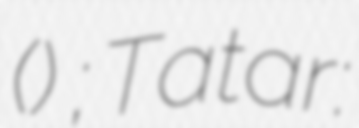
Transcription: (Зульфия) Назиповна Камалова; Tatar: